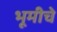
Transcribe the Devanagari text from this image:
भूमीचे